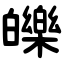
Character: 皪